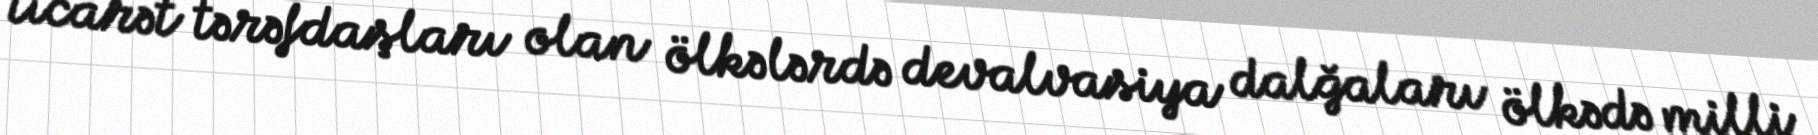
ticarət tərəfdaşları olan ölkələrdə devalvasiya dalğaları ölkədə milli